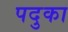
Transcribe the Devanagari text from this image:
पदुका